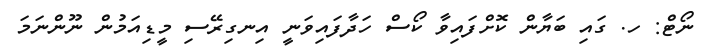
ނޯޓް: ހ. ގައި ބަޔާން ކޮށްފައިވާ ކޯސް ހަދާފައިވަނީ އިނގިރޭސި މީޑިއަމުން ނޫންނަމަ